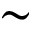
\sim